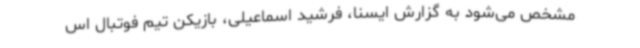
مشخص می‌شود به گزارش ایسنا،‌ فرشید اسماعیلی، بازیکن تیم فوتبال اس